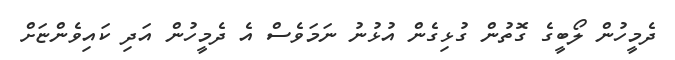
ދެމީހުން ލޯބީގެ ގޮތުން ގުޅިގެން އުޅުނު ނަމަވެސް އެ ދެމީހުން އަދި ކައިވެންޏަށް